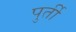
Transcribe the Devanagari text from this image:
पुर्ती